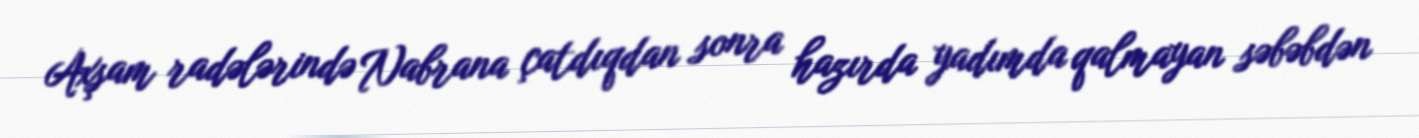
Axşam radələrində Nabrana çatdıqdan sonra hazırda yadımda qalmayan səbəbdən